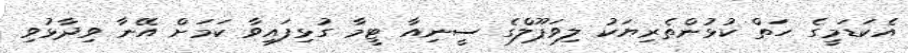
އެކަޑަމީގެ ހަތް ކުޅުންތެރިޔަކު ލިވަޕޫލްގެ ސީނިއާ ޓީމާ ގުޅިފައިވާ ކަމަށް އޭނާ ވިދާޅުވި